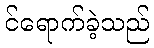
င်ရောက်ခဲ့သည်